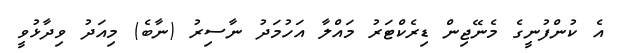
އެ ކުންފުނީގެ މެނޭޖިން ޑިރެކްޓަރު މައްލާ އަހުމަދު ނާސިރު (ނާބެ) މިއަދު ވިދާޅުވީ